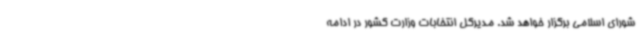
شورای اسلامی برگزار خواهد شد. مدیرکل انتخابات وزارت کشور در ادامه